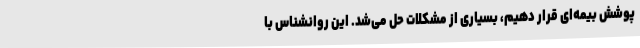
پوشش بیمه‌ای قرار دهیم، بسیاری از مشکلات حل می‌شد. این روانشناس با